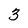
Character: 3